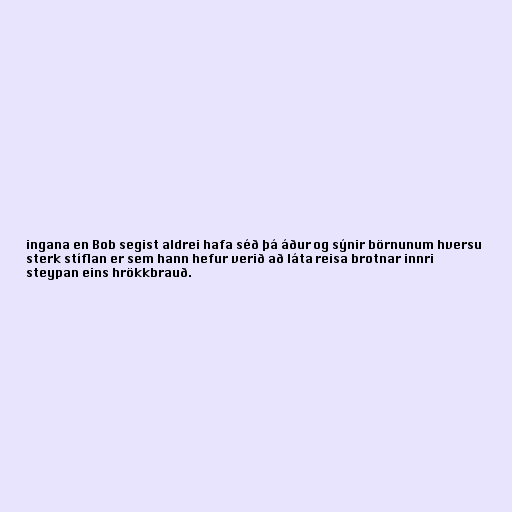
ingana en Bob segist aldrei hafa séð þá áður og sýnir börnunum hversu
sterk stíflan er sem hann hefur verið að láta reisa brotnar innri
steypan eins hrökkbrauð.